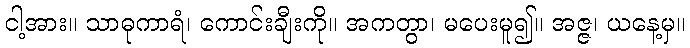
ငါ့အား။ သာဓုကာရံ၊ ကောင်းချီးကို။ အကတွာ၊ မပေးမူ၍။ အဇ္ဇ၊ ယနေ့မှ။